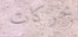
بحركات